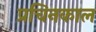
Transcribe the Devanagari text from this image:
प्रचिनकाल